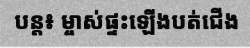
បន្ត៖ ម្ចាស់ផ្ទះឡើងបត់ជើង